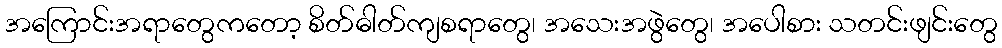
အကြောင်းအရာတွေကတော့ စိတ်ဓါတ်ကျစရာတွေ၊ အသေးအဖွဲတွေ၊ အပေါစား သတင်းဖျင်းတွေ